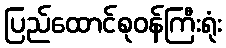
ပြည်ထောင်စုဝန်ကြီးရုံး